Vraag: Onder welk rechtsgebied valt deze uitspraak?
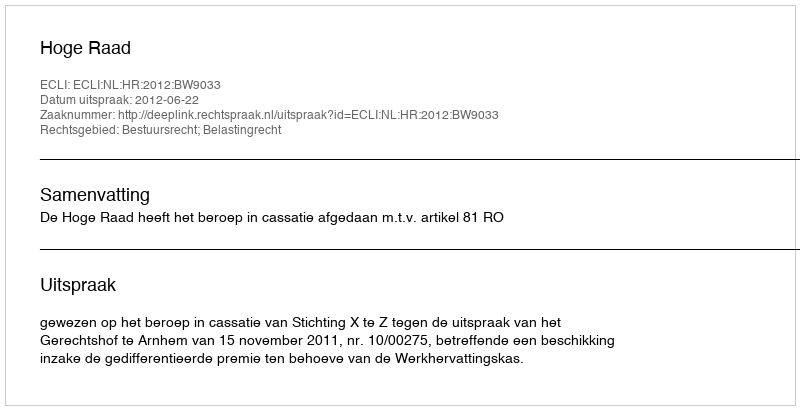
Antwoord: Bestuursrecht; Belastingrecht